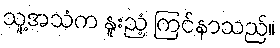
သူ့အသံက နူးညံ့ ကြင်နာသည်။